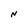
Character: N